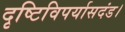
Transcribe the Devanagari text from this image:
दृष्टिविपर्यासदंड।